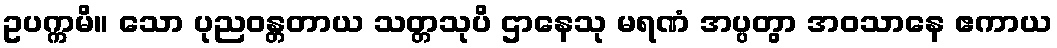
ဥပက္ကမိ။ သော ပုညဝန္တတာယ သတ္တသုပိ ဌာနေသု မရဏံ အပ္ပတွာ အဝသာနေ ဧကာယ